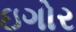
ઇગોર